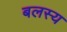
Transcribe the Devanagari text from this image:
बलस्य